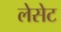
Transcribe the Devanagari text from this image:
लेसेट